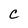
Character: C